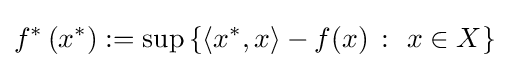
f^{*}\left(x^{*}\right):=\sup \left\{\left\langle x^{*},x\right\rangle -f(x)~\colon ~x\in X\right\}